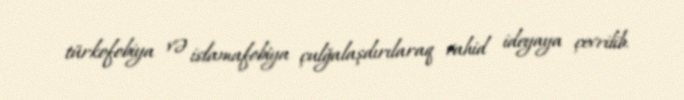
türkofobiya və islamafobiya çulğalaşdırılaraq vahid ideyaya çevrilib.